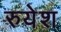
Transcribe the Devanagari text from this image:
रुयेश